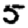
Digit: 5